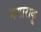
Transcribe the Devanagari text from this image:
नगाराकू